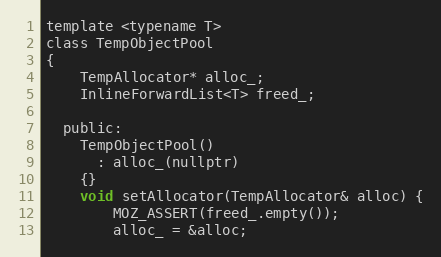
Language: C
template <typename T>
class TempObjectPool
{
    TempAllocator* alloc_;
    InlineForwardList<T> freed_;

  public:
    TempObjectPool()
      : alloc_(nullptr)
    {}
    void setAllocator(TempAllocator& alloc) {
        MOZ_ASSERT(freed_.empty());
        alloc_ = &alloc;